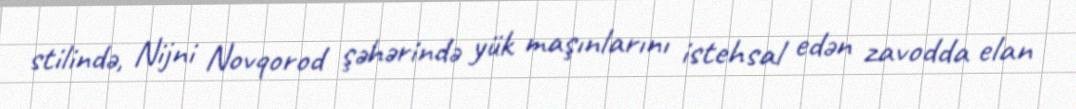
stilində, Nijni Novqorod şəhərində yük maşınlarını istehsal edən zavodda elan